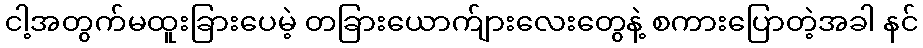
ငါ့အတွက်မထူးခြားပေမဲ့ တခြားယောက်ျားလေးတွေနဲ့ စကားပြောတဲ့အခါ နင်